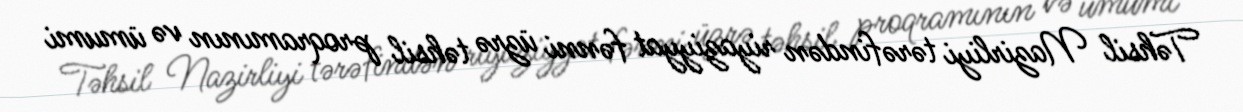
Təhsil Nazirliyi tərəfindən riyaziyyat fənni üzrə təhsil proqramının və ümumi